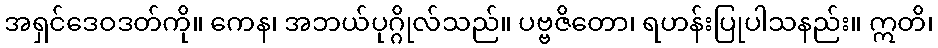
အရှင်ဒေဝဒတ်ကို။ ကေန၊ အဘယ်ပုဂ္ဂိုလ်သည်။ ပဗ္ဗဇိတော၊ ရဟန်းပြုပါသနည်း။ ဣတိ၊